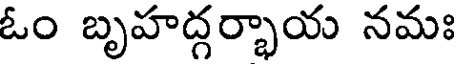
ఓం బృహద్గర్భాయ నమః